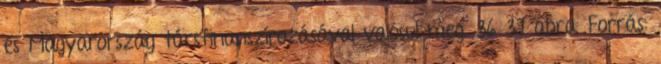
és Magyarország társfinanszírozásával valósul meg. 36 37 ábra. Forrás: